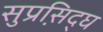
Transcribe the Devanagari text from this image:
सुप्रसि़द्घ